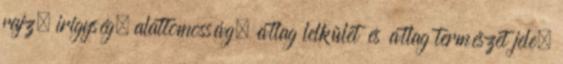
rajz, irigység, alattomosság, átlag lelkület és átlag természet jele.